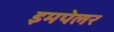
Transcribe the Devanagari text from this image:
इमपेलर